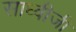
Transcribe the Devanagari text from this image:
साध्वीजी